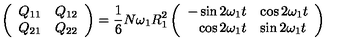
\left( \begin{array} { r l } { Q _ { 1 1 } } & { Q _ { 1 2 } } \\ { Q _ { 2 1 } } & { Q _ { 2 2 } } \\ \end{array} \right) = \frac { 1 } { 6 } N \omega _ { 1 } R _ { 1 } ^ { 2 } \left( \begin{array} { r l } { - \sin 2 \omega _ { 1 } t } & { \cos 2 \omega _ { 1 } t } \\ { \cos 2 \omega _ { 1 } t } & { \sin 2 \omega _ { 1 } t } \\ \end{array} \right)